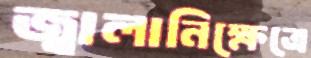
জ্বালানিক্ষেত্রে